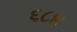
૬૮૪